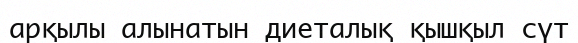
арқылы алынатын диеталық қышқыл сүт